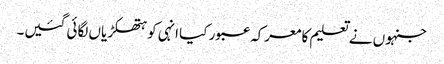
جنہوں نے تعلیم کا معرکہ عبور کیا انہی کو ہتھکڑیاں لگائی گئیں۔